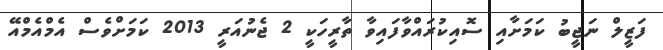
ފަޒީލް ނަޖީބު ކަމަށާއި ސޮއިކުރައްވާފައިވާ ތާރީހަކީ 2 ޖެނުއަރީ 2013 ކަމަށްވެސް އެމްއެމްއޭ